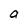
Character: a